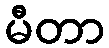
မီတာ